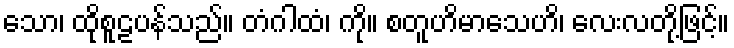
သော၊ ထိုစူဠပန်သည်။ တံဂါထံ၊ ကို။ စတူဟိမာသေဟိ၊ လေးလတို့ဖြင့်။